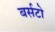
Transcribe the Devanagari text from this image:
बर्सटो